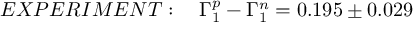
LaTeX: E X P E R I M E N T : ~ ~ ~ \Gamma _ { 1 } ^ { p } - \Gamma _ { 1 } ^ { n } = 0 . 1 9 5 \pm 0 . 0 2 9